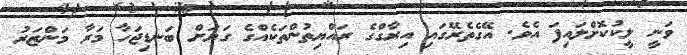
ވަނީ ލީކުކޮށްލައިފަ އެވެ. އޭގެތެރޭގައި އިރާގްގެ ރައްޔިތުންތަކެއްގެ ގަޔަށް ބަނޑިޖަހާ މަރާ މަންޒަރު